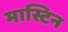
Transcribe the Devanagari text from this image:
मास्टिन